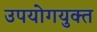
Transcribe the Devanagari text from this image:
उपयोगयुक्त